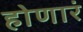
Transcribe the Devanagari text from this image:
होणारं